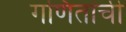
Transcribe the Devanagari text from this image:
गणितांची